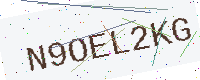
Text: N9OEL2KG